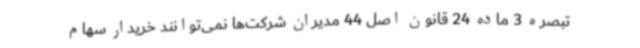
تبصره 3 ماده 24 قانون اصل 44 مدیران شرکت‌ها نمی‌توانند خریدار سهام